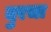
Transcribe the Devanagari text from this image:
दुरचा